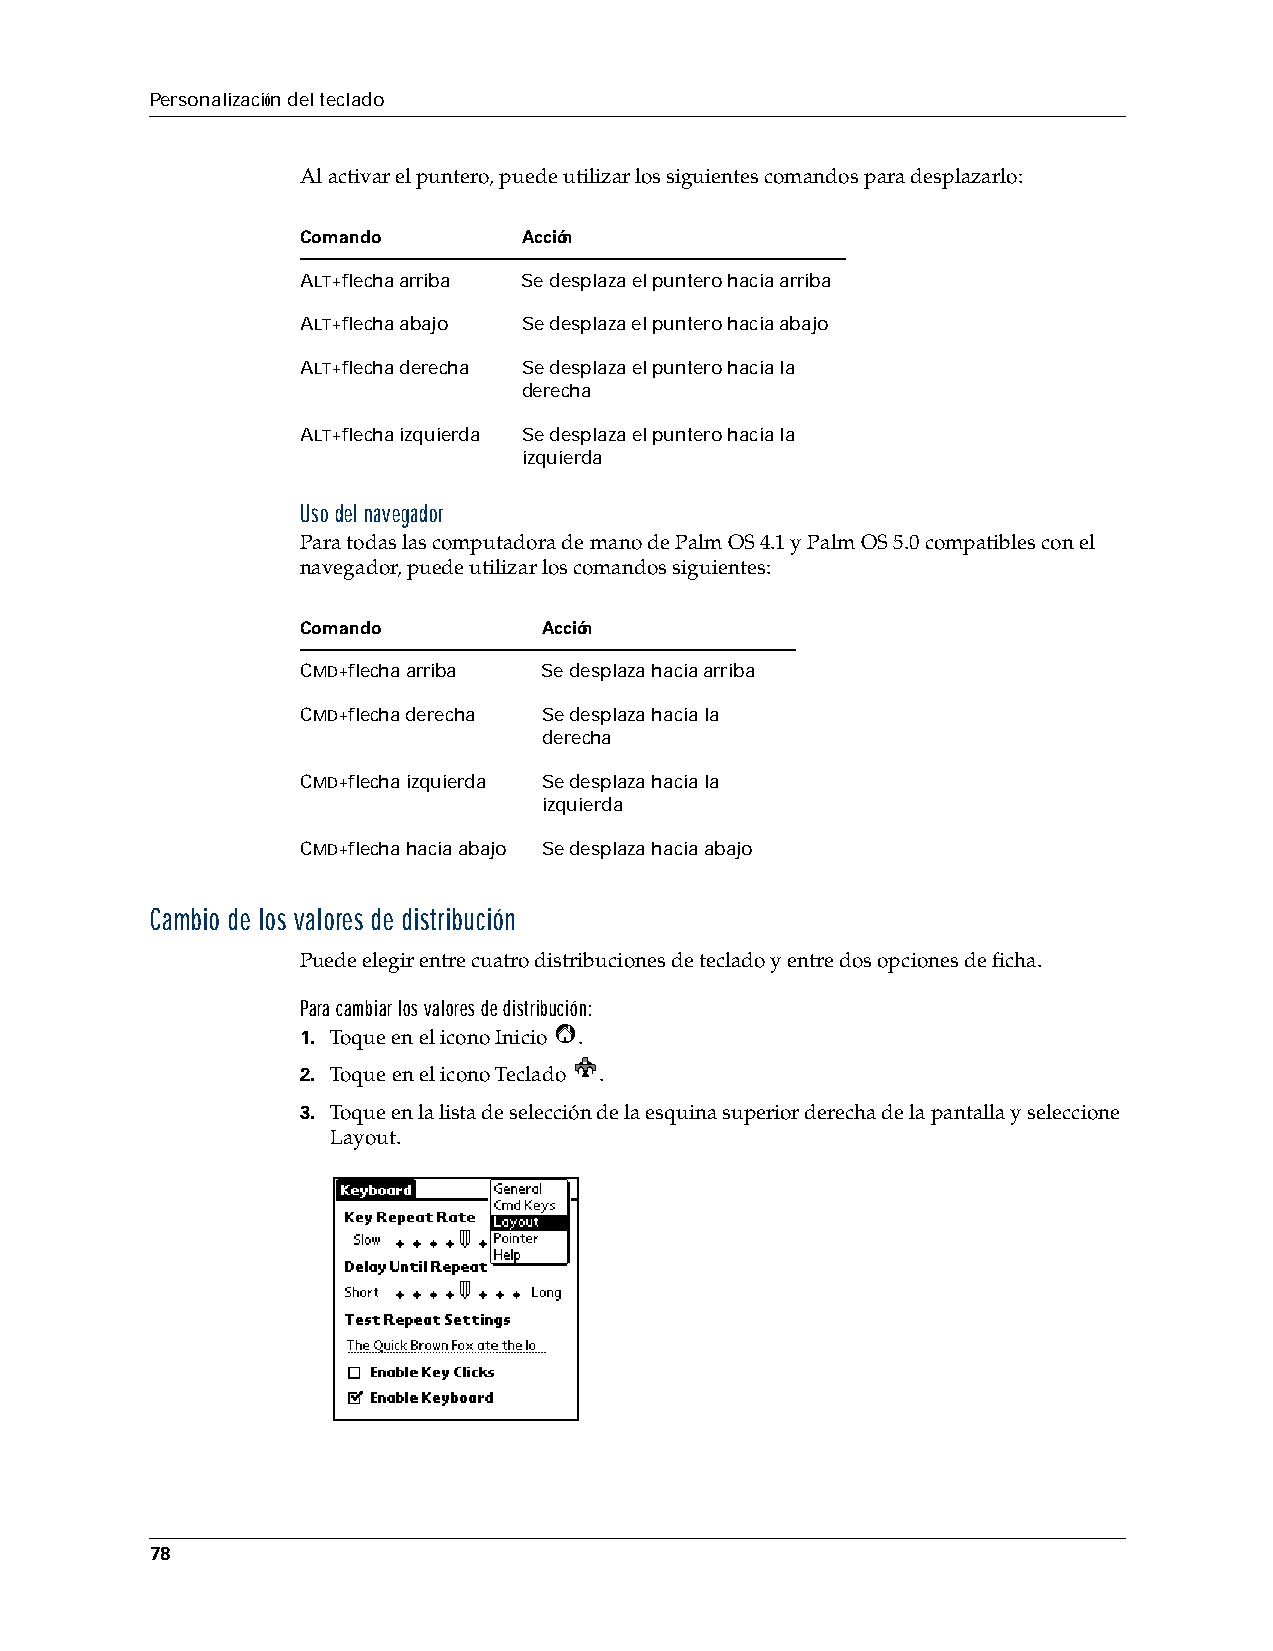
Personalización del teclado
 Al activar el puntero, puede utilizar los siguientes comandos para desplazarlo:
 Comando        Acción
 ALT+flecha arriba Se desplaza el puntero hacia arriba
 ALT+flecha abajo Se desplaza el puntero hacia abajo
 ALT+flecha derecha Se desplaza el puntero hacia la
 derecha
 ALT+flecha izquierda Se desplaza el puntero hacia la
 izquierda
 Uso del navegador
 Para todas las computadora de mano de Palm OS 4.1 y Palm OS 5.0 compatibles con el
 navegador, puede utilizar los comandos siguientes:
 Comando         Acción
 CMD+flecha arriba Se desplaza hacia arriba
 CMD+flecha derecha Se desplaza hacia la
 derecha
 CMD+flecha izquierda Se desplaza hacia la
 izquierda
 CMD+flecha hacia abajo Se desplaza hacia abajo
 Cambio de los valores de distribución
 Puede elegir entre cuatro distribuciones de teclado y entre dos opciones de ficha.
 Para cambiar los valores de distribución:
 1. Toque en el icono Inicio .
 2. Toque en el icono Teclado .
 3. Toque en la lista de selección de la esquina superior derecha de la pantalla y seleccione
 Layout.
 78